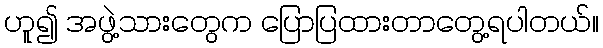
ဟူ၍ အဖွဲ့သားတွေက ပြောပြထားတာတွေ့ရပါတယ်။